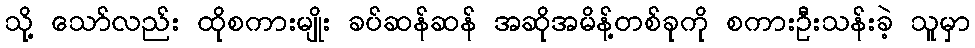
သို့ သော်လည်း ထိုစကားမျိုး ခပ်ဆန်ဆန် အဆိုအမိန့်တစ်ခုကို စကားဦးသန်းခဲ့ သူမှာ